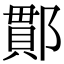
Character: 𨝑